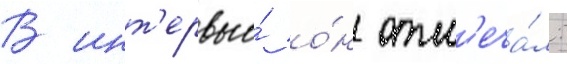
В инт'ервью́ о́н отм'еча́л: